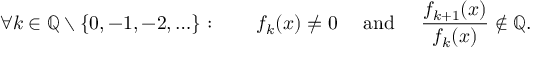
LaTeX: \forall k \in \mathbb { Q } \smallsetminus \{ 0 , - 1 , - 2 , \ldots \} : \qquad f _ { k } ( x ) \neq 0 \quad { \mathrm { ~ a n d ~ } } \quad { \frac { f _ { k + 1 } ( x ) } { f _ { k } ( x ) } } \notin \mathbb { Q } .